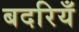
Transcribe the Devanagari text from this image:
बदरियँ